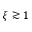
\xi \gtrsim 1